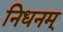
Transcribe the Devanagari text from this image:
निधनम्